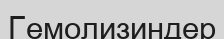
Гемолизиндер